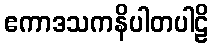
ဧကာဒသကနိပါတပါဠိ